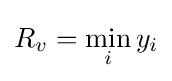
R_{v}=\min _{i}y_{i}